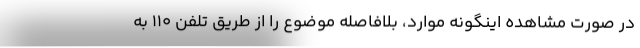
در صورت مشاهده اینگونه موارد، بلافاصله موضوع را از طریق تلفن ۱۱۰ به